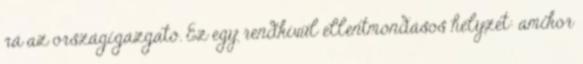
rá az országigazgató. Ez egy rendkívül ellentmondásos helyzet: amikor